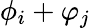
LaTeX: \phi_{i}+\varphi_{j}